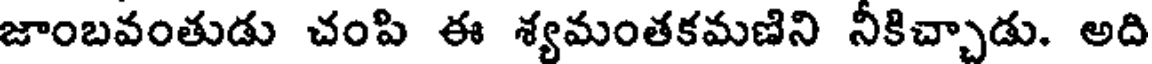
జాంబవంతుడు చంపి ఈ శ్యమంతకమణిని నీకిచ్చాడు. అది